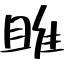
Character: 雎